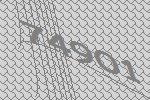
74901